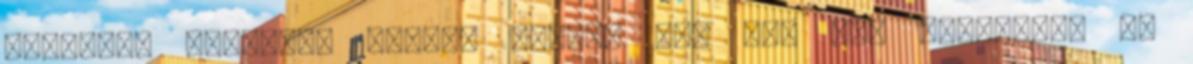
üzletben kinézett termék otthon már nem úgy működött? Ön